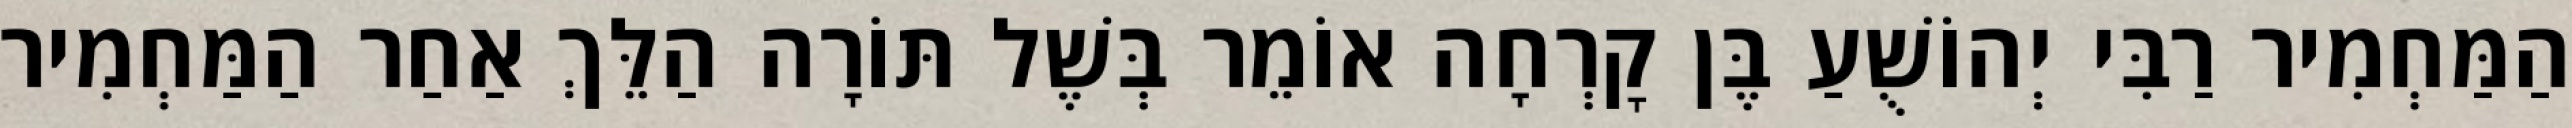
הַמַּחְמִיר רַבִּי יְהוֹשֻׁעַ בֶּן קׇרְחָה אוֹמֵר בְּשֶׁל תּוֹרָה הַלֵּךְ אַחַר הַמַּחְמִיר